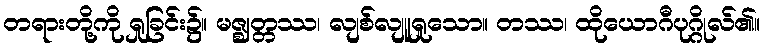
တရားတို့ကို ရှုခြင်း၌။ မဇ္ဈတ္တဿ၊ လျစ်လျူရှုသော။ တဿ၊ ထိုယောဂီပုဂ္ဂိုလ်၏။